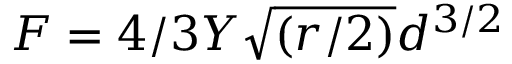
F = 4 / 3 Y \sqrt { ( r / 2 ) } d ^ { 3 / 2 }